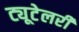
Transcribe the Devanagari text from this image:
ट्यूटेलरी